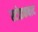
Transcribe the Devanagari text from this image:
स्टोइकबाद